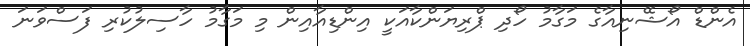
އެންޑް އޯޝޭނިއާގެ މަގާމު ހޯދި ޕްރިޔަންކާއަކީ އިންޑިއާއިން މި މަގާމު ހާސިލުކުރި ފަސްވަނަ